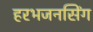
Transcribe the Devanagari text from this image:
हरभजनसिंग